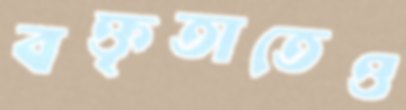
বক্তৃতাতেও